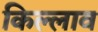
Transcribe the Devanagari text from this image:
किल्लाव